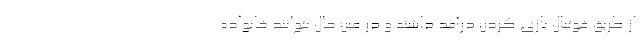
از طریق فوتبال بازی کردن درآمد داشته و در عین حال بتوانند خانواده